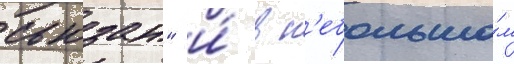
сьюзан" и́ в н'ебольшо́м